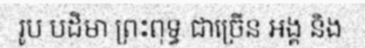
រូប បដិមា ព្រះពុទ្ធ ជាច្រើន អង្គ និង